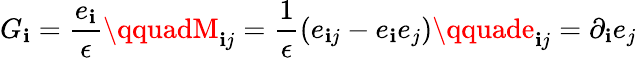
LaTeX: G_{\mathbf{i}}=\frac{{e_{\mathbf{i}}}}{\epsilon}\qquadM_{\mathbf{i}j}=\frac{1}{\epsilon}(e_{\mathbf{i}j}-e_{\mathbf{i}}e_{j})\qquade_{\mathbf{i}j}=\partial_{\mathbf{i}}e_{j}